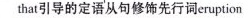
that引导的定语从句修饰先行词eruption